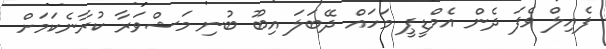
ފެއިލް ވެފަ ދެން އެމްޑީޕީ މަހައް ދޭބަލަ އިބޫ ބުނި މަޝްވަރާ ކުރާނެކަމަށް